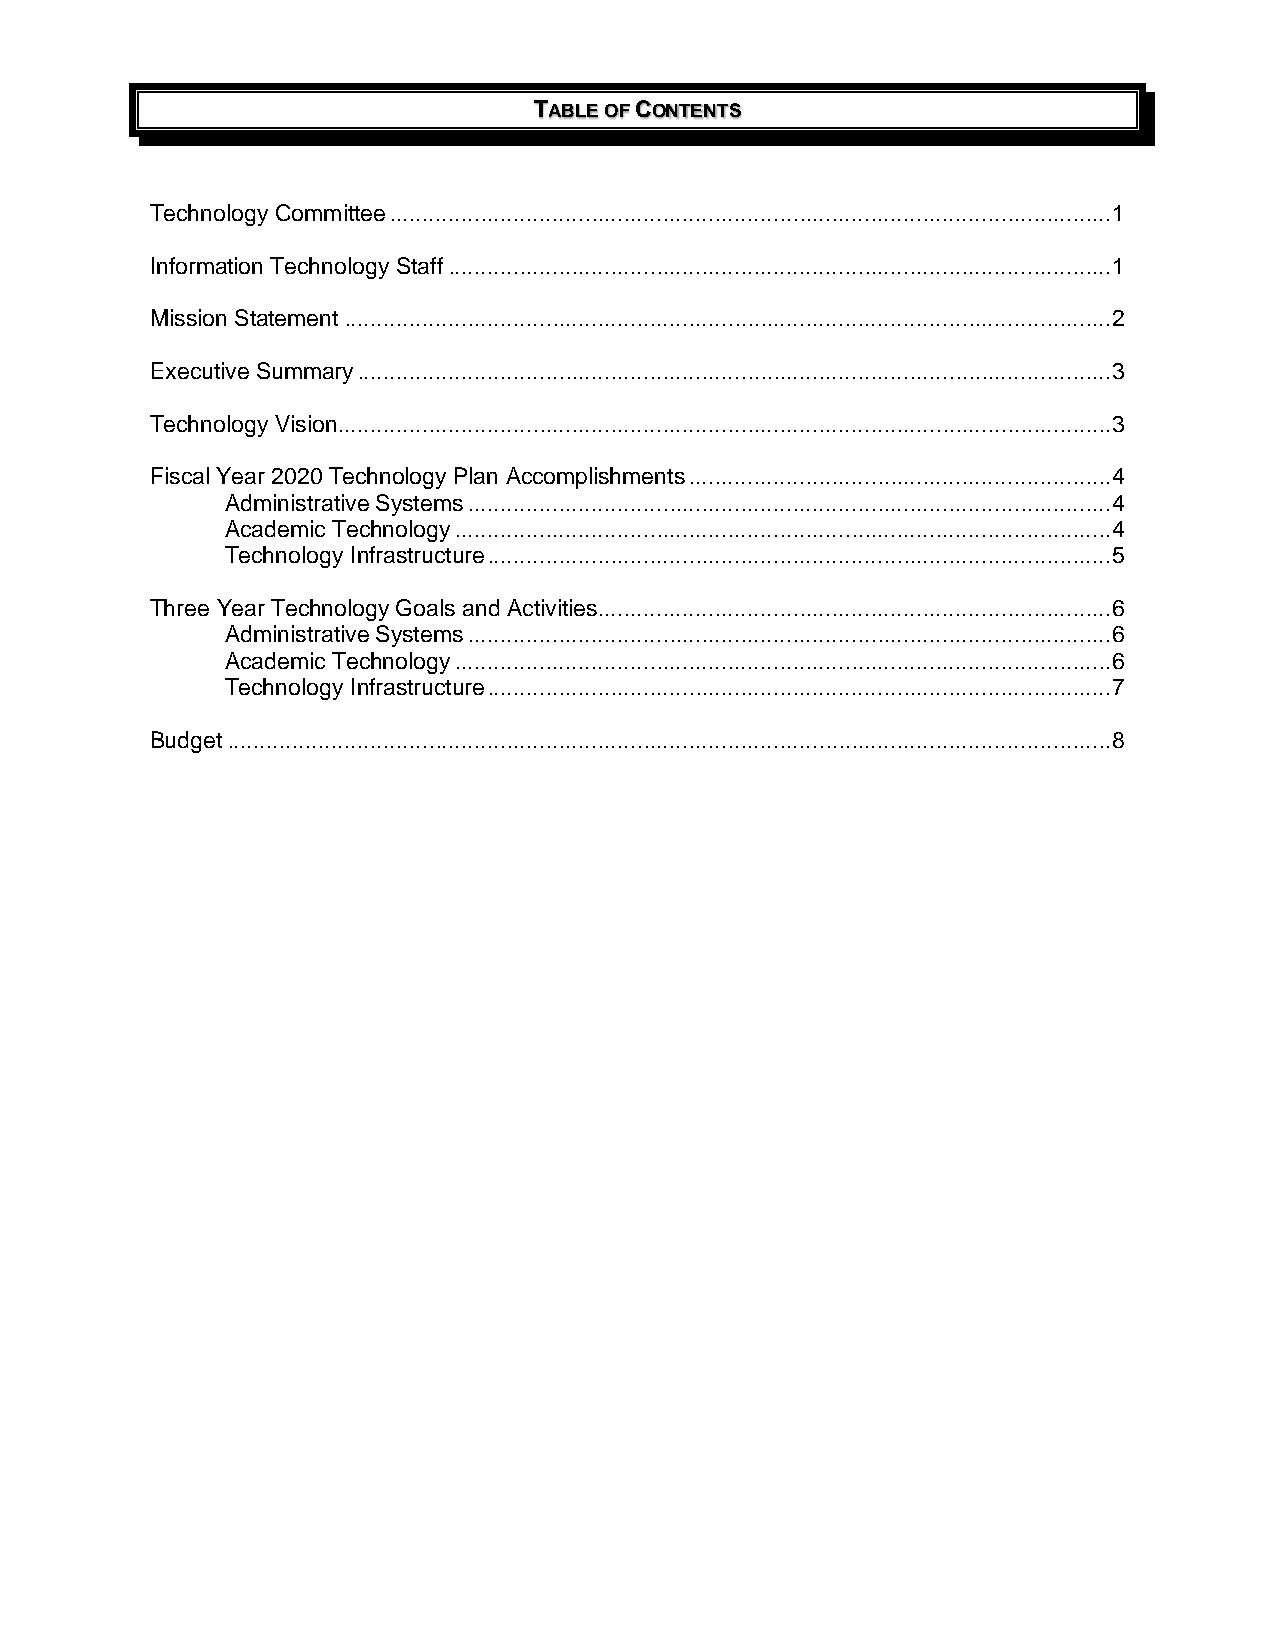
TABLE OF CONTENTS
 Technology Committee ............................................................................................................... 1
 Information Technology Staff ...................................................................................................... 1
 Mission Statement ...................................................................................................................... 2
 Executive Summary .................................................................................................................... 3
 Technology Vision ....................................................................................................................... 3
 Fiscal Year 2020 Technology Plan Accomplishments ................................................................. 4
 Administrative Systems ................................................................................................... 4
 Academic Technology ..................................................................................................... 4
 Technology Infrastructure ................................................................................................ 5
 Three Year Technology Goals and Activities ............................................................................... 6
 Administrative Systems ................................................................................................... 6
 Academic Technology ..................................................................................................... 6
 Technology Infrastructure ................................................................................................ 7
 Budget ........................................................................................................................................ 8